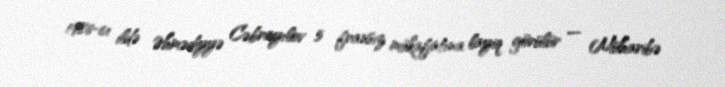
1986-cı ildə Əhmədiyyə Cəbrayılov 5 fransız mükafatına layiq görülür — Müharibə